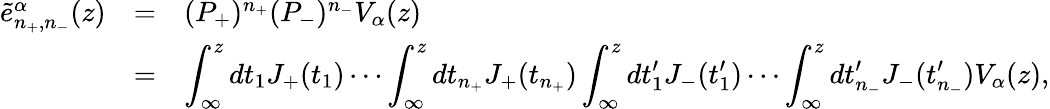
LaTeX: \begin{array}{rcl}{{\tilde{e}_{n_{+},n_{-}}^{\alpha}(z)}}&{{=}}&{{(P_{+})^{n_{+}}(P_{-})^{n_{-}}V_{\alpha}(z)}}\\ {{}}&{{=}}&{{\displaystyle\int_{\infty}^{z}dt_{1}J_{+}(t_{1})\cdots\int_{\infty}^{z}dt_{n_{+}}J_{+}(t_{n_{+}})\int_{\infty}^{z}dt_{1}^{\prime}J_{-}(t_{1}^{\prime})\cdots\int_{\infty}^{z}dt_{n_{-}}^{\prime}J_{-}(t_{n_{-}}^{\prime})V_{\alpha}(z),}}\end{array}